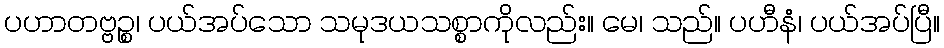
ပဟာတဗ္ဗဉ္စ၊ ပယ်အပ်သော သမုဒယသစ္စာကိုလည်း။ မေ၊ သည်။ ပဟီနံ၊ ပယ်အပ်ပြီ။